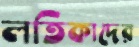
লতিকাদের